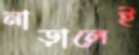
নাড়ালেই